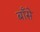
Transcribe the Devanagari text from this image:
बाँसे